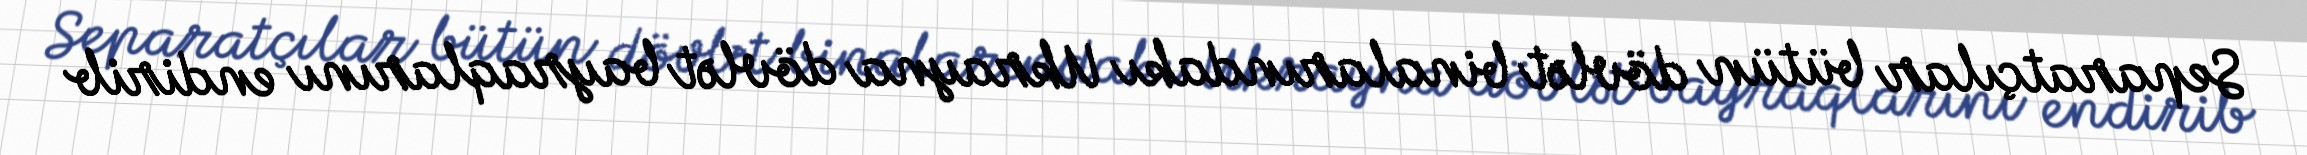
Separatçılar bütün dövlət binalarındakı Ukrayna dövlət bayraqlarını endirib